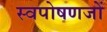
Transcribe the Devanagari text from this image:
स्वपोषणजों